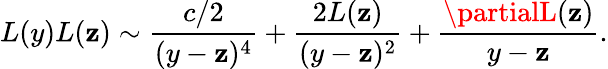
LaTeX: L(y)L(\mathbf{z})\sim\frac{{c/2}}{{(y-\mathbf{z})^{4}}}+\frac{{2L(\mathbf{z})}}{{(y-\mathbf{z})^{2}}}+\frac{{\partialL(\mathbf{z})}}{{y-\mathbf{z}}}.